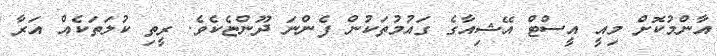
އާންމުކޮށް މިއީ އީސްޓް އޭޝިއާގެ ގައުމުތަކުން ފެންނަ ދޫންޏެކެވެ. ރީތި ކުލަތަކެއް އަރާ